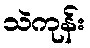
သဲကုန်း